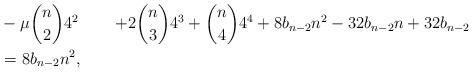
LaTeX: \begin{align*} &-\mu{n \choose 2}4^{2}&+2{n \choose 3}4^{3}+{n\choose 4}4^{4}+8b_{n-2}n^{2}-32b_{n-2}n+32b_{n-2}\\&=8b_{n-2}n^{2},\end{align*}